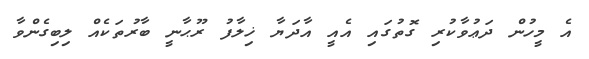
އެ މީހުން ދަޢުވާކުރި ގޮތުގައި އެއީ އާދަޔާ ޚިލާފު ރޫޙާނީ ބާރުތަކެއް ލިބިގެންވާ